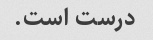
درست است.